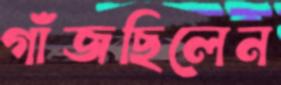
গাঁজছিলেন